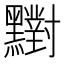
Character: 𪒶